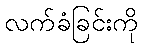
လက်ခံခြင်းကို